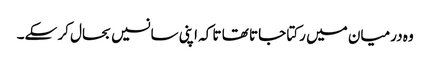
وہ درمیان میں رکتا جاتا تھا تا کہ اپنی سانسیں بحال کر سکے۔